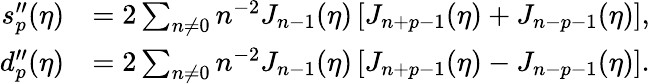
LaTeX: \begin{array}{rl}{s_{p}^{\prime\prime}(\eta)}&{=2\sum_{n\neq 0}n^{-2}J_{n-1}(\eta)\left[J_{n+p-1}(\eta)+J_{n-p-1}(\eta)\right],}\\ {d_{p}^{\prime\prime}(\eta)}&{=2\sum_{n\neq 0}n^{-2}J_{n-1}(\eta)\left[J_{n+p-1}(\eta)-J_{n-p-1}(\eta)\right].}\end{array}